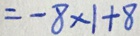
= - 8 \times 1 + 8